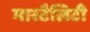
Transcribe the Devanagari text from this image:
मारटैलिटी